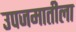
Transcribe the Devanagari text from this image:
उपजमातीला